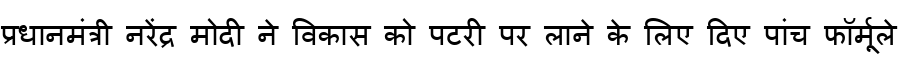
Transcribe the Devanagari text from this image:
प्रधानमंत्री नरेंद्र मोदी ने विकास को पटरी पर लाने के लिए दिए पांच फॉर्मूले